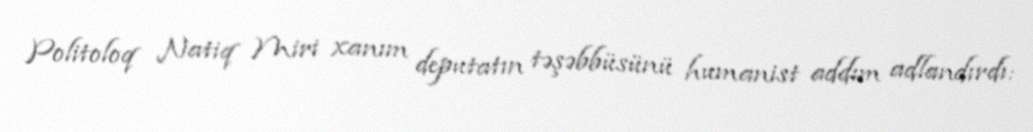
Politoloq Natiq Miri xanım deputatın təşəbbüsünü humanist addım adlandırdı: